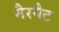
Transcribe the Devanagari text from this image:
मैरयैट